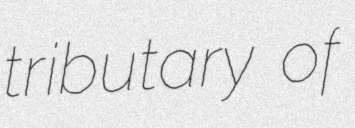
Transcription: tributary of